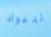
ندعوك